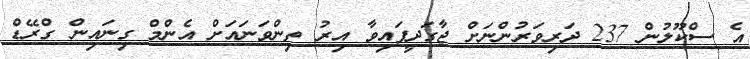
އެ ސްކޫލުން 237 ދަރިވަރުންނަށް ޖާގަދީފައިވާ އިރު ތިންވަނައަށް އެންމް ގިނައިން ގްރޭޑް